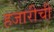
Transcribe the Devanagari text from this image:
हजारीची